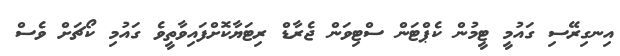
އިނގިރޭސި ގައުމީ ޓީމުން ކެޕްޓަން ސްޓިވަން ޖެރާޑް ރިޓަޔާކޮށްފައިވާތީވެ ގައުމި ކޯޗަށް ވެސް